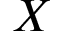
X